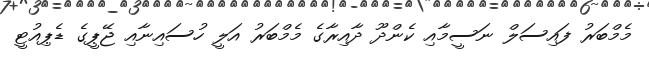
މެމްބަރު ފައިސަލް ނަސީމާއި ކެންދޫ ދާއިރާގެ މެމްބަރު އަލީ ހުސައިނާއި ޖޭޕީގެ ޑެޕިއުޓީ